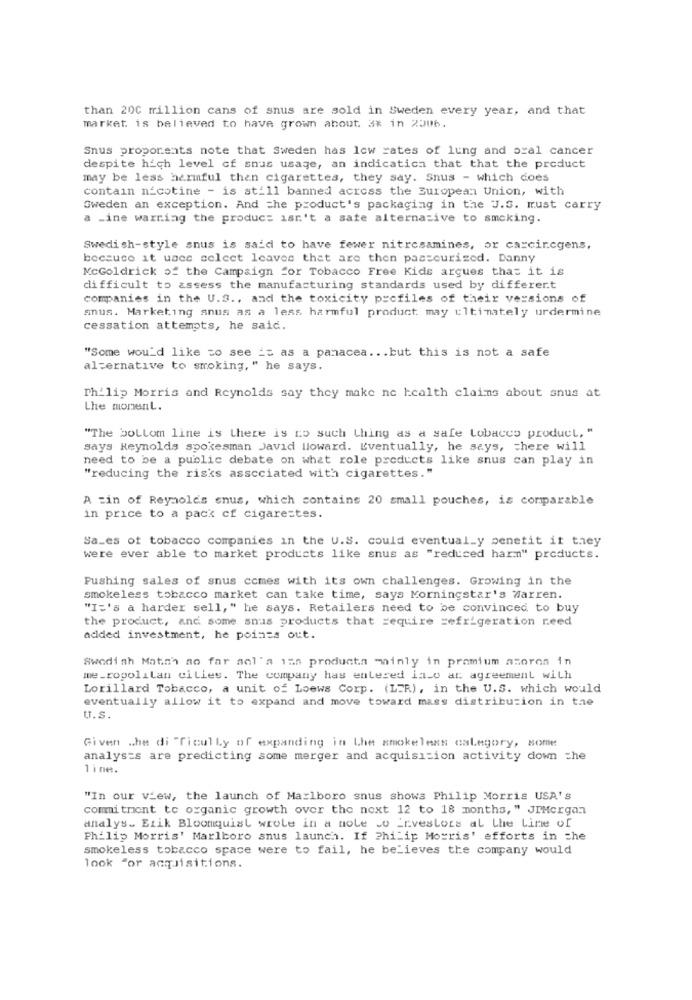
than 200 million cans of snus are sold in Sweden every year, and that
market is believed to have grown about. 3% in 2006.
Snus proporents note that Sweden has low rates of lung and oral cancer
despite high level of snus usage, an indication that that the product
may be less harmful then cigarettes, they say. Snus - which does
contain nicotine - is still banned across the European Union, with
Sweden an exception. And the product's packaging in the J.S. must carry
a _ine warning the product isn't a sate alternative to smoking.
Swedish-style snus is said to have fewer nitresamines, or carcircgens.
bocsuco it uses select leaves that are then pasteurized. Danny
McGoldrick of the Campaign for Tobacco Free Kids argues that it is
difficult to assess the manufacturing standards used by different
companies in the U.S ., and the toxicity profiles of their versions of
snus. Marketing anus as a less harmful product may ultimately urdermine
cessation attempts, he said.
"Some wou'd like to see is as a panacea ... but this is not a safe
alternative to smoking, " he says.
Philip Morris and Reynolds say they make ne health claims about snus at
the moment.
"The bottom line is there is no such thing as a safe Lobacco product, "
says Reynolds spokesman Javid lloward. Eventually, he says, there will
need to be a public debate on what role products like snus can play in
"reducing the risks associated with cigarettes."
A zin of Reynolds snus, which contains 20 small pouches, is comparable
in price to a pack of cigarestes.
Sa_es of tobacco companies in the U.S. could eventual_y penetit it they
were ever able to market products like snus as "reduced harm" products.
Pushing sales of snus comes with its own challenges. Growing in the
smokeless tobacco market can take time, says Morningstar's Warren.
"I='s a harder sell, " he says. Retailers need to be convinced to buy
the product, and some snus products that require refrigeration reed
added investment, he points out.
Swedish Match no far anl'a ian products mainly in premium azoren in
me _ropolitan cities. The company has entered inco at agreement with
Lorillard Tobacco, a unit of Loews Corp. (LER), in the U.S. which would
eventually allow it to expand and move toward mass distribution in the
U.S.
Given che di "Cicully of expanding in Lhe smokeless category, some
analysts are predicting some merger and acquisition activity down che
line.
"In our view, the launch of Marlboro snus shows Philip Morris USA's
commitment to organic growth over the next 12 to 18 months, " JPMorgan
analys. Etik Bloomquist wrote in a note co investors al Lhe Line of
Philip Morris' Marlboro snus launch. If Philip Morris' efforts in the
smokeless tobacco space were to fail, he believes the company would
look for acquisitions.